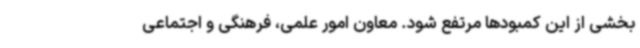
بخشی از این کمبودها مرتفع شود. معاون امور علمی، فرهنگی و اجتماعی